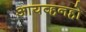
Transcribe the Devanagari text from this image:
आयव्हनहो